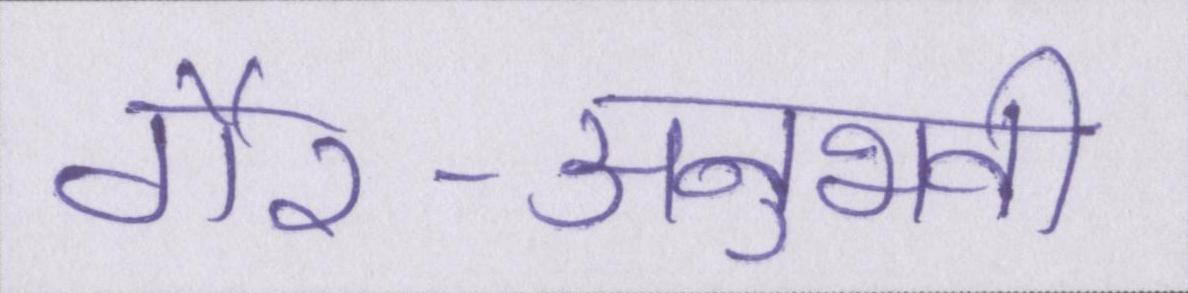
गैर-अनुभवी